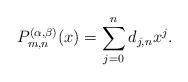
LaTeX: \begin{gather*}P_{m,n}^{(\alpha,\beta)}(x)=\sum_{j=0}^nd_{j,n}x^j.\end{gather*}